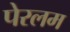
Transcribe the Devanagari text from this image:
पेरलम